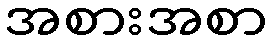
အစားအစာ